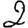
Digit: 2